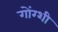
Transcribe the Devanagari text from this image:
गोंग्शी